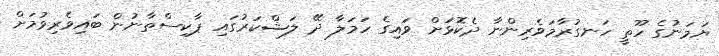
ޔަމަނުގެ ހޫތީ ހަނގުރާމަވެރިންނާ ދެކޮޅަށް ވައިގެ ހަމަލާ ދޭ ލަޝްކަރުގައި ޕާކިސްތާނުން ބައިވެރިވުމަށް